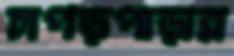
চাপড়পাড়ার